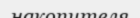
накопителя